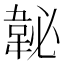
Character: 䪐